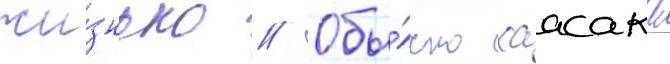
жи́знью // Обы́чно хаасака